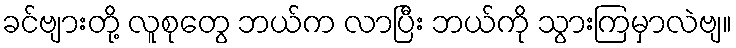
ခင်ဗျားတို့ လူစုတွေ ဘယ်က လာပြီး ဘယ်ကို သွားကြမှာလဲဗျ။